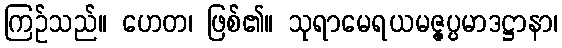
ကြဉ်သည်။ ဟေတ၊ ဖြစ်၏။ သုရာမေရယမဇ္ဇပ္ပမာဒဋ္ဌာနာ၊